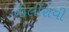
નીલીરાવી